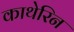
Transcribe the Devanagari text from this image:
काथेरिन